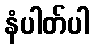
နံပါတ်ပါ